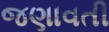
જણાવતી